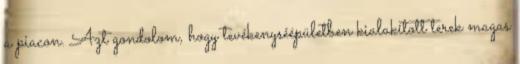
a piacon. Azt gondolom, hogy tevékenyséépületben kialakított terek magas